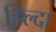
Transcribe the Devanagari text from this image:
हिल्दा